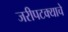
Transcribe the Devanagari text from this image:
जरीपटक्याचे